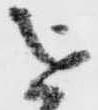
を